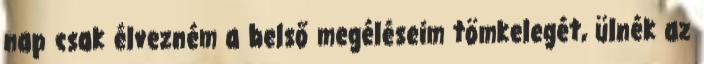
nap csak élvezném a belső megéléseim tömkelegét, ülnék az